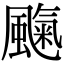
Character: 𩘞